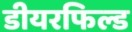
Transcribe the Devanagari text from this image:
डीयरफिल्ड